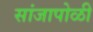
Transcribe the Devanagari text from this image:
सांजापोळी